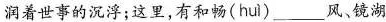
润着世事的沉浮；这里，有和畅( hui )___风，镜湖